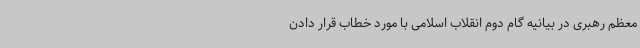
معظم رهبری در بیانیه گام دوم انقلاب اسلامی با مورد خطاب قرار دادن